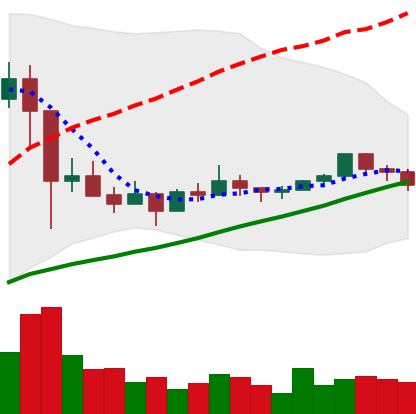
Ticker: EOS-USD
Chart end date: 2021-03-12
Forward return: 7.534%
Label: up_7plus